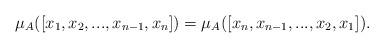
LaTeX: \begin{align*} \mu_A ([x_1,x_2,...,x_{n-1},x_n])= \mu_A ([x_n,x_{n-1},...,x_2,x_1]).\end{align*}